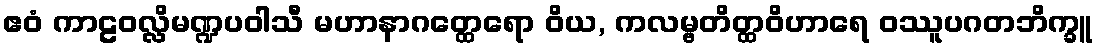
ဧဝံ ကာဠဝလ္လိမဏ္ဍပဝါသီ မဟာနာဂတ္ထေရော ဝိယ, ကလမ္ဗတိတ္ထဝိဟာရေ ဝဿူပဂတဘိက္ခူ